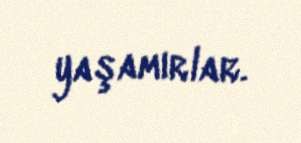
yaşamırlar.